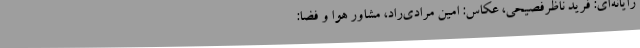
رایانه‌ای: فرید ناظرفصیحی، عکاس: امین مرادی‌راد، مشاور هوا و فضا: